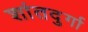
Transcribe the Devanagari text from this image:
शांतदुर्गा